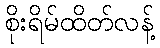
စိုးရိမ်ထိတ်လန့်